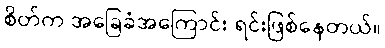
စိတ်က အခြေခံအကြောင်း ရင်းဖြစ်နေတယ်။